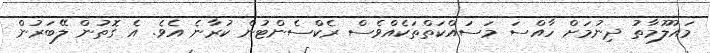
މައުލޫމާތު ދިނުމަށް ހާއްސަ މަސައްކަތްތަކެއްވެސް ރެކްސެންޓުން ކުރާނެ އެވެ. އެ ގޮތުން ލޭބަރުން